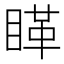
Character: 𰥵